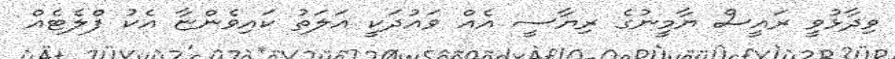
ވިދާޅުވީ ރައީސް ޔާމީނުގެ ރިޔާސީ އެއް ވައުދަކީ އަލަތު ކައިވެންޏާ އެކު ފްލެޓެއް